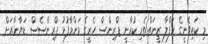
މި ކައިވެނީގެ ހަފްލާ ޒީނަތްތެރި ކުރާނީ ޕްރިންސް ހެރީގެ މަންމާފުޅު ޕްރިންސެސް ޑަޔާނާއަށް